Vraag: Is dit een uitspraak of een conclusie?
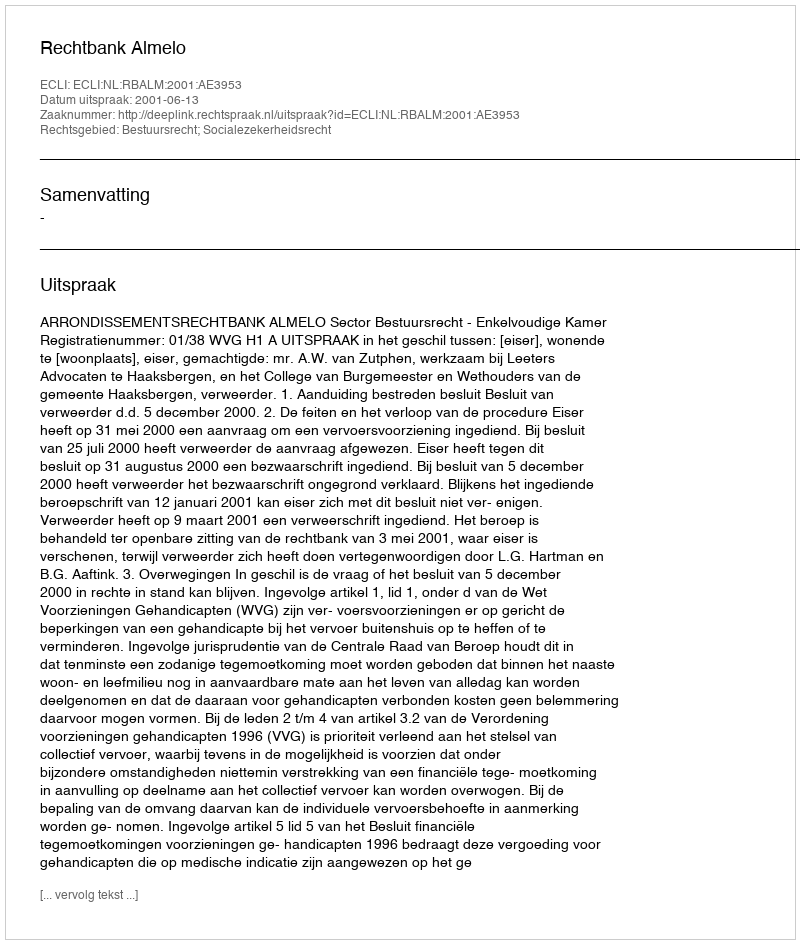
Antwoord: Uitspraak